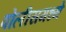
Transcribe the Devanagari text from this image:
पोलीसमध्ये